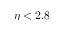
\eta < 2 . 8